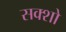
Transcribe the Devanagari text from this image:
सक्शो